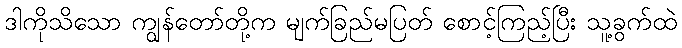
ဒါကိုသိသော ကျွန်တော်တို့က မျက်ခြည်မပြတ် စောင့်ကြည့်ပြီး သူ့ခွက်ထဲ